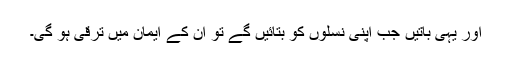
اور یہی باتیں جب اپنی نسلوں کو بتائیں گے تو اُن کے ایمان میں ترقی ہو گی۔